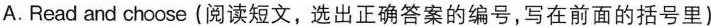
A.Read and choose (阅读短文,选出正确答案的编号,写在前面的括号里)